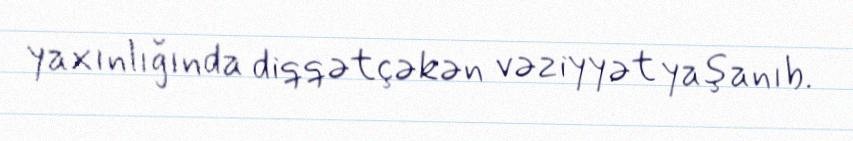
yaxınlığında diqqətçəkən vəziyyət yaşanıb.